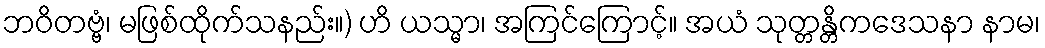
ဘဝိတဗ္ဗံ၊ မဖြစ်ထိုက်သနည်း။) ဟိ ယသ္မာ၊ အကြင်ကြောင့်။ အယံ သုတ္တန္တိကဒေသနာ နာမ၊